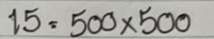
15 = 500 x 500